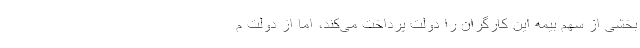
بخشی از سهم بیمه این کارگران را دولت پرداخت می‌کند، اما از دولت م